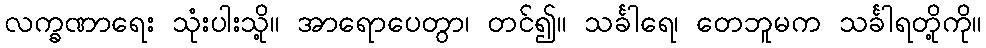
လက္ခဏာရေး သုံးပါးသို့။ အာရောပေတွာ၊ တင်၍။ သင်္ခါရေ၊ တေဘူမက သင်္ခါရတို့ကို။